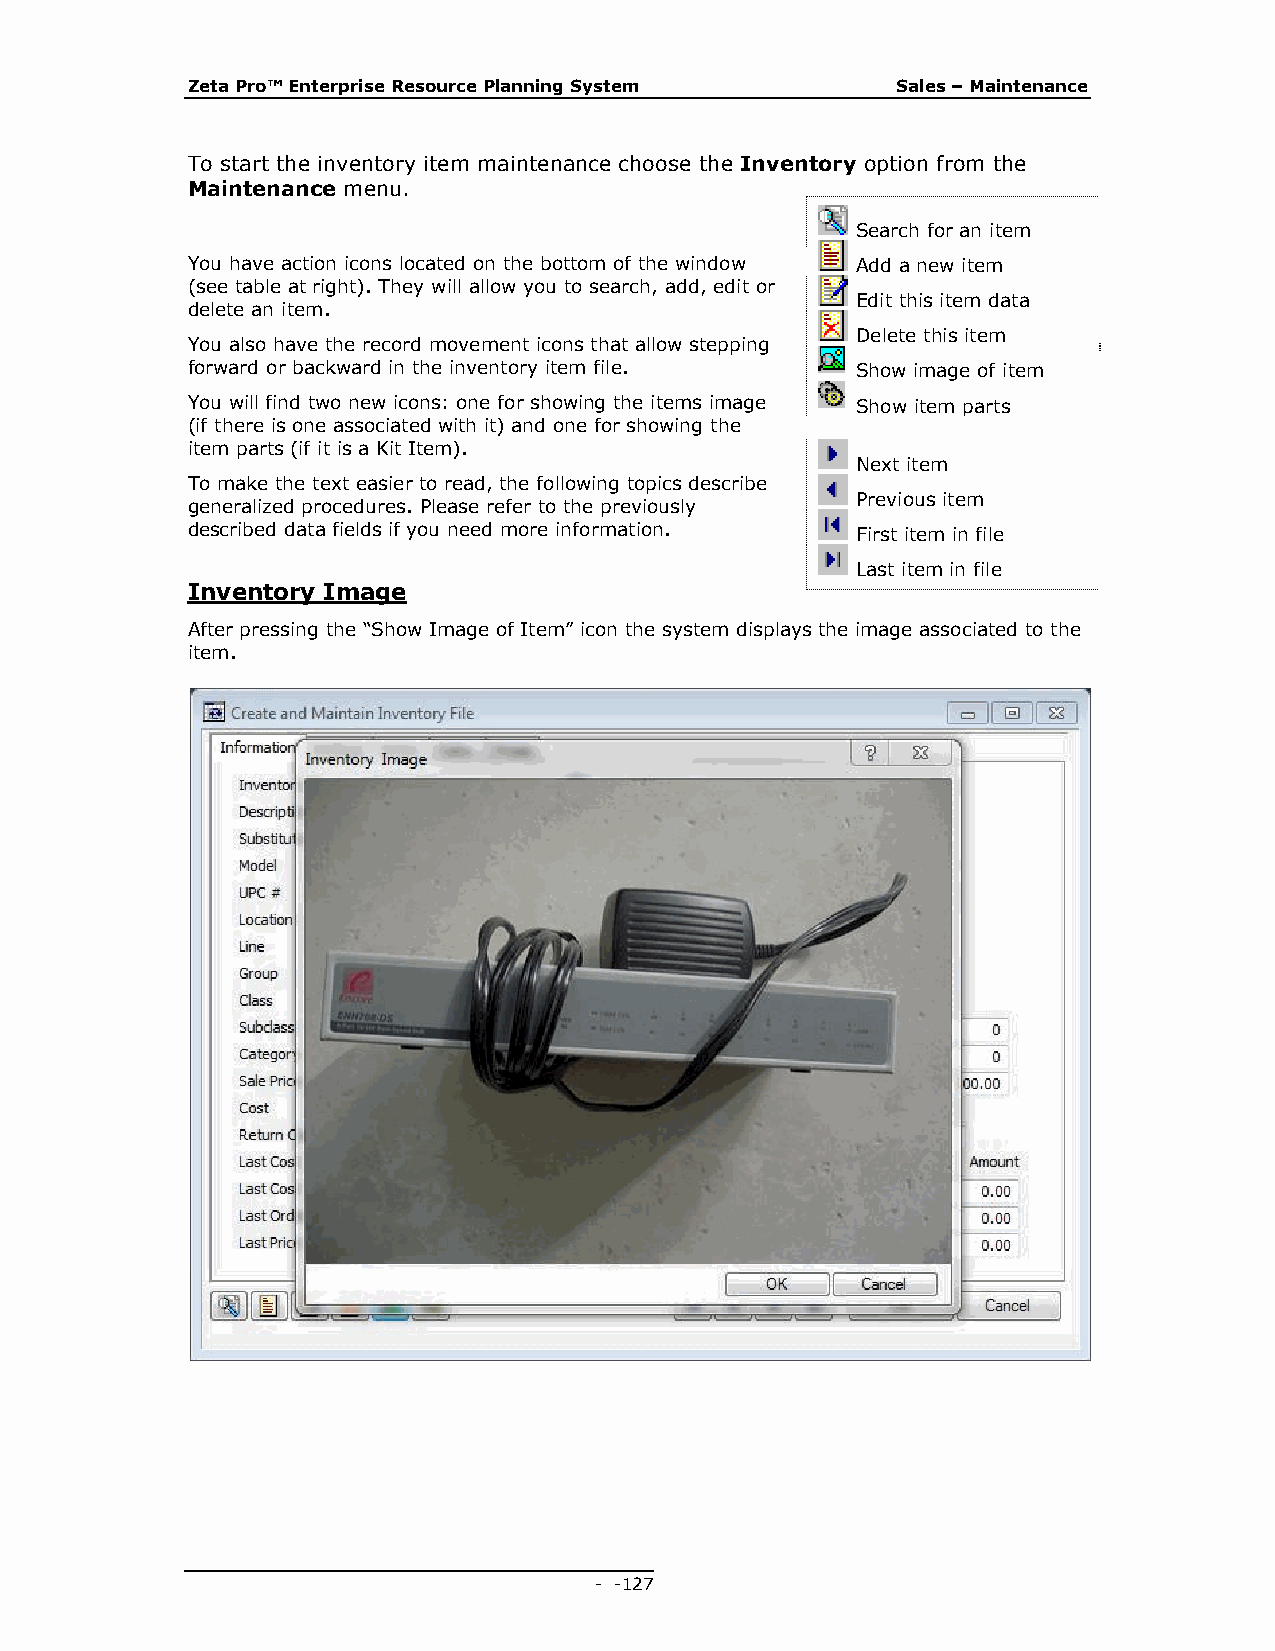
Zeta Pro™ Enterprise Resource Planning System  Sales – Maintenance
 To start the inventory item maintenance choose the Inventory option from the
 Maintenance menu.
 Search for an item
 You have action icons located on the bottom of the window Add a new item
 (see table at right). They will allow you to search, add, edit or
 Edit this item data
 delete an item.
 Delete this item
 You also have the record movement icons that allow stepping
 forward or backward in the inventory item file. Show image of item
 You will find two new icons: one for showing the items image Show item parts
 (if there is one associated with it) and one for showing the
 item parts (if it is a Kit Item).
 Next item
 To make the text easier to read, the following topics describe
 Previous item
 generalized procedures. Please refer to the previously
 described data fields if you need more information. First item in file
 Last item in file
 Inventory Image
 After pressing the “Show Image of Item” icon the system displays the image associated to the
 item.
 - - 127